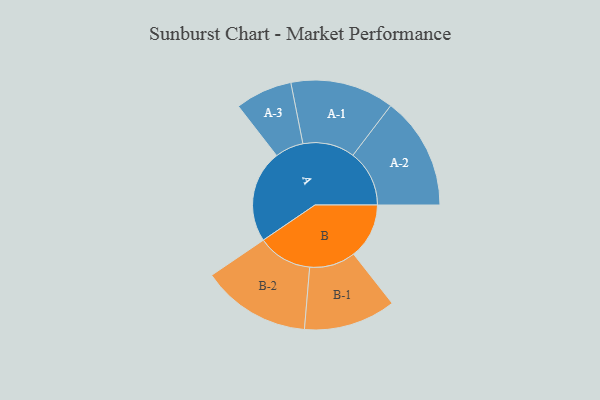
{"axis": {"x": "Segment", "y": "Value"}, "legend": ["", "A", "B"], "data": [{"x": "A", "y": 490, "type": ""}, {"x": "B", "y": 294, "type": ""}, {"x": "A-1", "y": 275, "type": "A"}, {"x": "A-2", "y": 299, "type": "A"}, {"x": "A-3", "y": 151, "type": "A"}, {"x": "B-1", "y": 244, "type": "B"}, {"x": "B-2", "y": 289, "type": "B"}]}